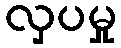
လှပမှု